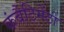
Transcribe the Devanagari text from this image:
कंबैटिमेंटो